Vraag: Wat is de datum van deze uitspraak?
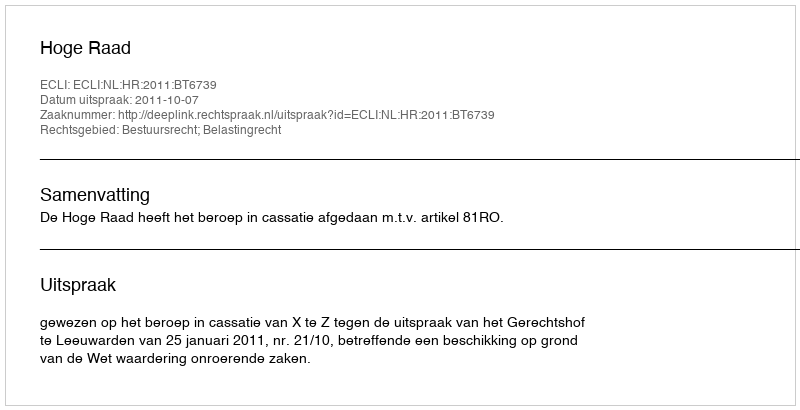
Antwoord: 2011-10-07